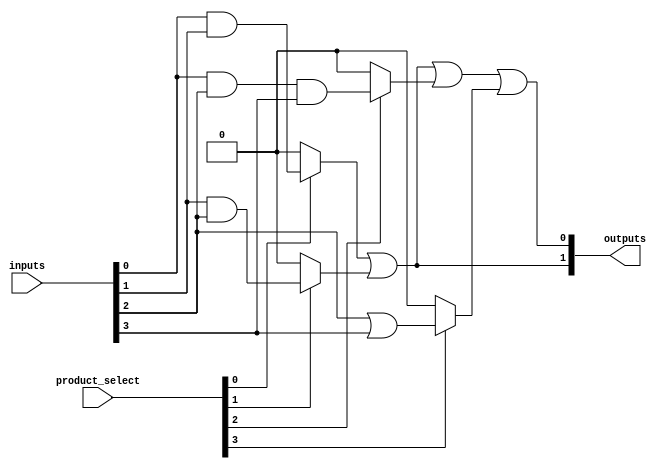
module FusedPAL (
    input wire [N-1:0] inputs,          // N inputs
    input wire [M-1:0] product_select,  // M product terms selection
    output wire [P-1:0] outputs          // P outputs
);

    // Parameters for the design
    parameter N = 4;                     // Number of inputs
    parameter M = 4;                     // Number of product terms
    parameter P = 2;                     // Number of outputs

    // Internal signals for product terms
    wire [M-1:0] product_terms;          // Product terms output

    // AND array: Generate product terms
    // Each product term can be a combination of inputs
    assign product_terms[0] = inputs[0] & inputs[1];                // PT0 = A & B
    assign product_terms[1] = inputs[1] & inputs[2];                // PT1 = B & C
    assign product_terms[2] = inputs[0] & inputs[2] & inputs[3];   // PT2 = A & C & D
    assign product_terms[3] = inputs[2] | inputs[3];                // PT3 = C | D

    // OR array: Generate outputs based on selected product terms
    assign outputs[0] = (product_select[0] ? product_terms[0] : 1'b0) |
                        (product_select[1] ? product_terms[1] : 1'b0) |
                        (product_select[2] ? product_terms[2] : 1'b0) |
                        (product_select[3] ? product_terms[3] : 1'b0);

    assign outputs[1] = (product_select[0] ? product_terms[0] : 1'b0) |
                        (product_select[1] ? product_terms[1] : 1'b0);

    // Timing characteristics (for simulation purposes)
    // You can add delays or timing constraints here if needed

endmodule